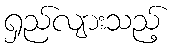
ရှည်လျားသည့်